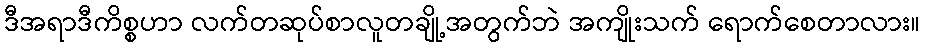
ဒီအရာဒီကိစ္စဟာ လက်တဆုပ်စာလူတချို့အတွက်ဘဲ အကျိုးသက် ရောက်စေတာလား။